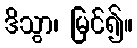
ဒိသွာ၊ မြင်၍။